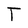
Character: T